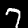
Label: 7